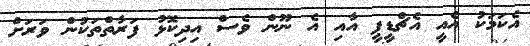
އެކަމަކު އެއީ އެޗްޑީޕީ އާއި އެ ނޫން ވެސް އިދިކޮޅު ފަރާތްތަކުން ވަރަށް